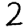
Digit: 2